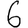
Digit: 6